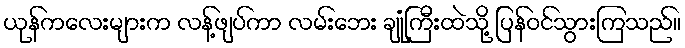
ယုန်ကလေးများက လန့်ဖျပ်ကာ လမ်းဘေး ချုံကြီးထဲသို့ ပြန်ဝင်သွားကြသည်။